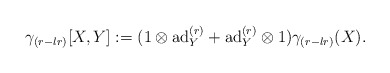
\begin{align*}\gamma_{(r-lr)}[X,Y]:=(1\otimes \mathrm{ad}_{Y}^{(r)}+\mathrm{ad}_{Y}^{(r)}\otimes 1)\gamma_{(r-lr)}(X).\end{align*}